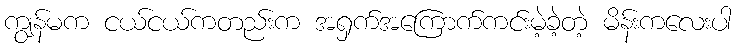
ကျွန်မက ငယ်ငယ်ကတည်းက အရှက်အကြောက်ကင်းမဲ့ခဲ့တဲ့ မိန်းကလေးပါ